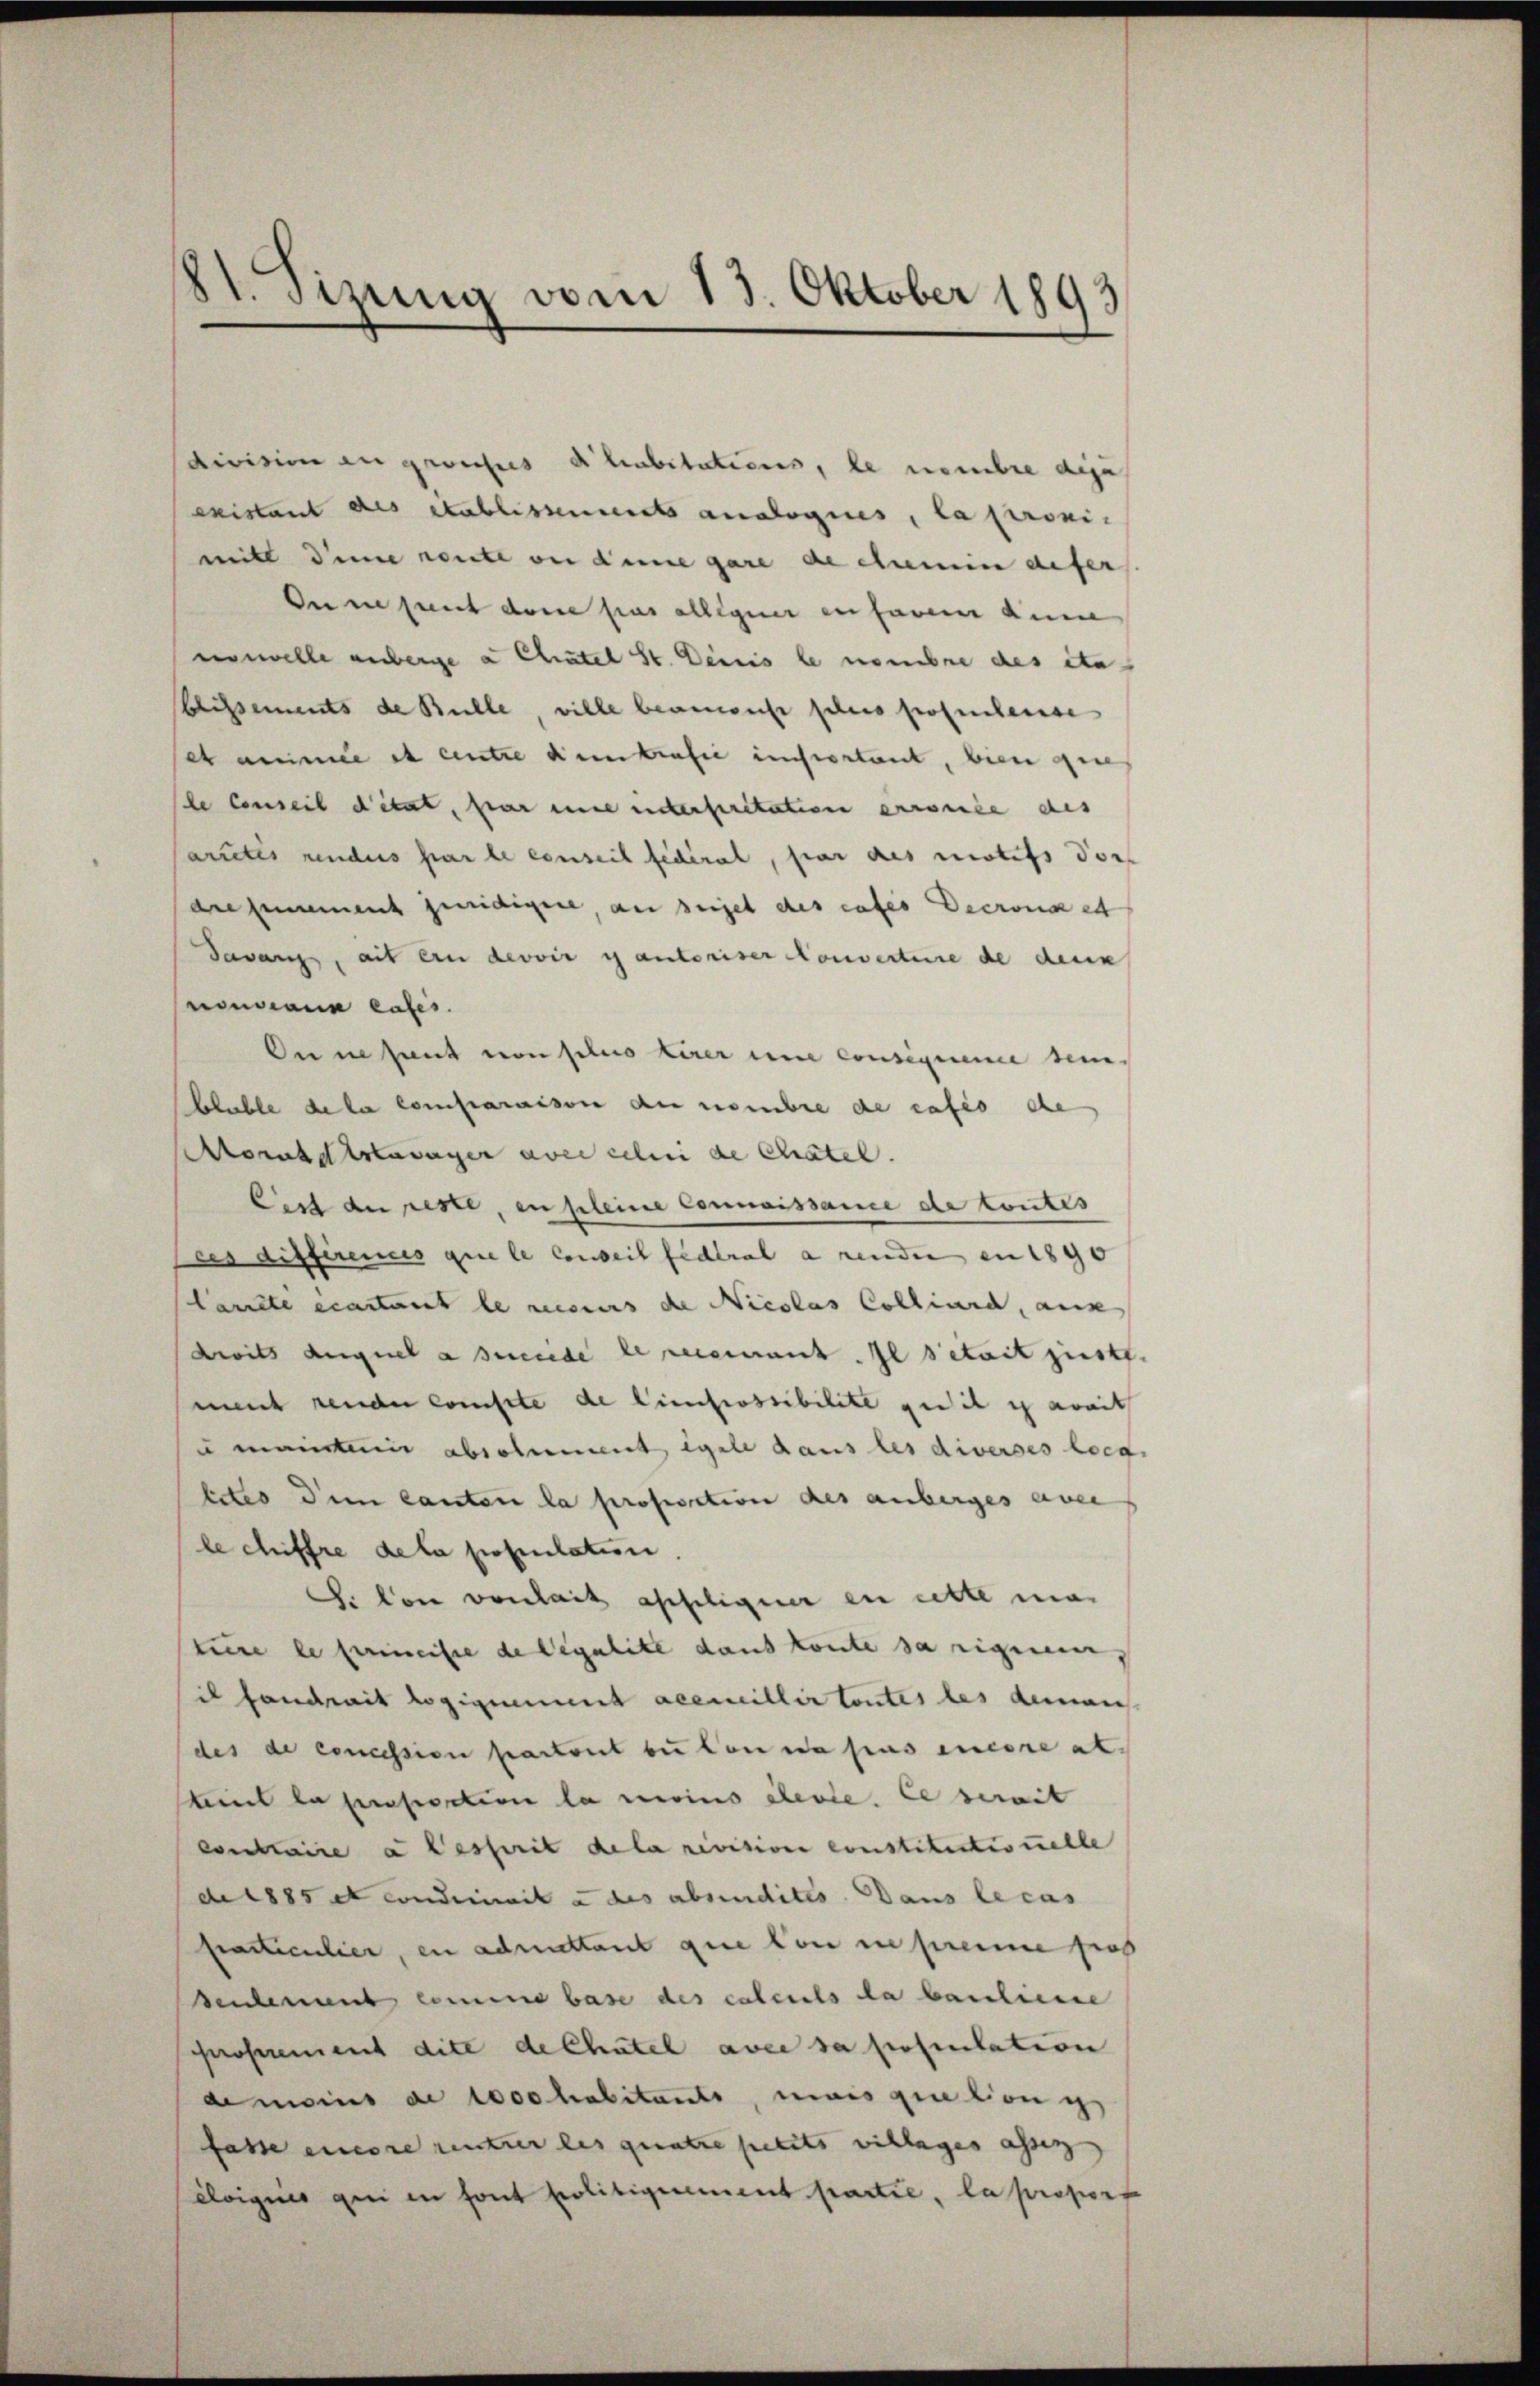
81. Sizung vom 13. Oktober 1893

division an gewieses de lubitations, le nombre dies
existant des Stablissements analogies, la provi-
mitl dinne rente ou deine gare de clumin defer
Pensunt dere pas allegier en faren den
nonelle unberge a Chätel St. Decis le nombre des eta
Chissements de Bulle, ville beamus schres protechense
et anime et centre den trafie important, bien gere
le Conseil détat, par eine unterfritation errence des
actes rendes par le conseil fédéral, par des notifs dor
dregenement juridigere, an seiget des cases Decrona et
dawangs, ait ein devoir es autoriser Konverture de denn
nonciana cais.
Onisant von plus Lirer une consigene seiblable de la comparaison an nombre de cases ehe
orassertavayer avec celui de Chatel.
Cist du reste, in pleine Commissance de toutes
ces différences que le Conseit federal a rende en 1890
Carrste écartant le recurs die Nicolas Colliard, aus
droits Auguel a succede le recement. Il detait just
ment render conste de Citrossibilite gedit ich mit
u mainter absolument igel dans les diverses lieg
betes dem Cantone la proposition des anberges aver
le chiffre de la population.
Si von vonhait asseligier en cette man
tuire le primeiste de legalite dans könte sa riguen,
il hand mit Logigiunt accmillir toutes les deman
des de concession partout bei von a pas encore al
lint la prosection la moins certe. Le serait
concbtaire a desserit de la revision constitutionelle
de 1885 et condinait à des absendites Dans le cas
Practiculier, en admittant que von in prenne groß
deulement comme base des calculs da bauliere
prossement dite de Chatel avec sa prosentation
de moins de 1000 habitants, mais quation is
fasse einere unter les quatre petits schlages assen
éloigues qui in font politiquement partie, la proport